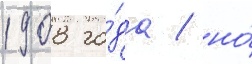
1908 го́да / но́